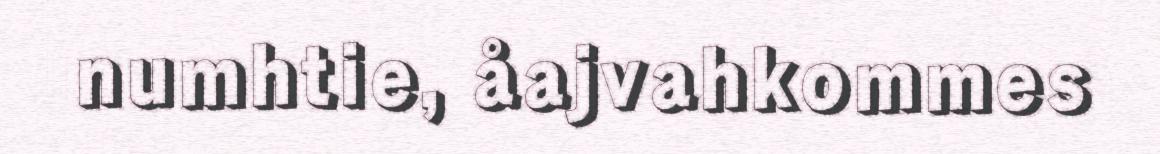
numhtie, åajvahkommes